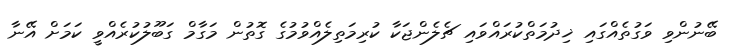
ބޭނުންވި ވަގުތެއްގައި ޚިދުމަތްކުރައްވައި ޗެލެންޖަކާ ކުރިމަތިލެއްވުމުގެ ގޮތުން މަގާމް ގަބޫލުކުރެއްވީ ކަމަށް އޭނާ